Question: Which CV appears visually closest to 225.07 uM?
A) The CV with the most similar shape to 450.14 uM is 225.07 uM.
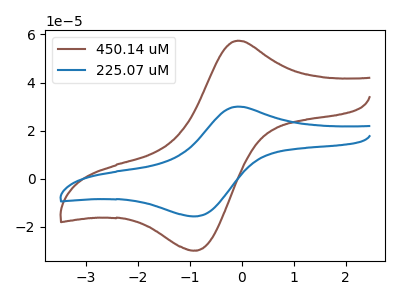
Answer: <think>The brown curve "450.14 uM" has an anodic peak at (-0.10V, 57.40uA) and a cathodic peak at (-0.95V, -29.80uA). The blue curve "225.07 uM" has an anodic peak at (-0.10V, 30.00uA) and a cathodic peak at (-0.95V, -15.60uA).
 All the peaks in "450.14 uM" have a peak in "225.07 uM" at the same potential. Every peak in "450.14 uM" is higher than every peak in "225.07 uM".</think>
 <answer>A) The CV with the most similar shape to "450.14 uM" is "225.07 uM".</answer>
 <eval>A</eval>